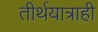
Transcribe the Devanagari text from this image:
तीर्थयात्राही